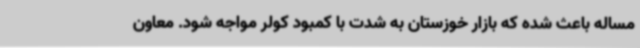
مساله باعث شده که بازار خوزستان به شدت با کمبود کولر مواجه شود. معاون